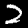
Digit: 2